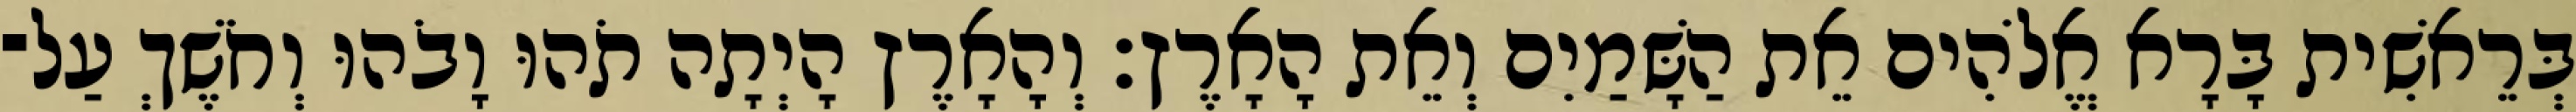
בְּרֵאשִׁית בָּרָא אֱלֹהִים אֵת הַשָּׁמַיִם וְאֵת הָאָרֶץ׃ וְהָאָרֶץ הָיְתָה תֹהוּ וָבֹהוּ וְחֹשֶׁךְ עַל־